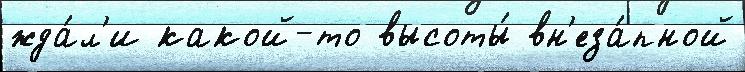
жда́л'и какой-то высоты́ вн'еза́пной